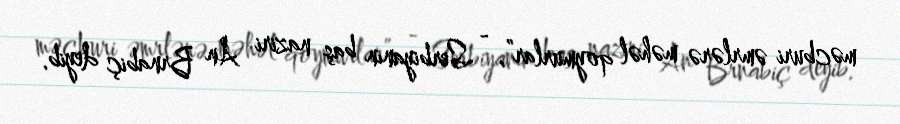
məcburi əmrlərə məhəl qoymurlar”, - Serbiyanın baş naziri An Brnabiç deyib.